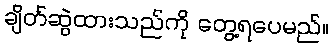
ချိတ်ဆွဲထားသည်ကို တွေ့ရပေမည်။